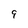
Character: 9